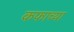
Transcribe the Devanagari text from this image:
कफाच्या